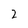
Character: 2